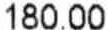
180.00